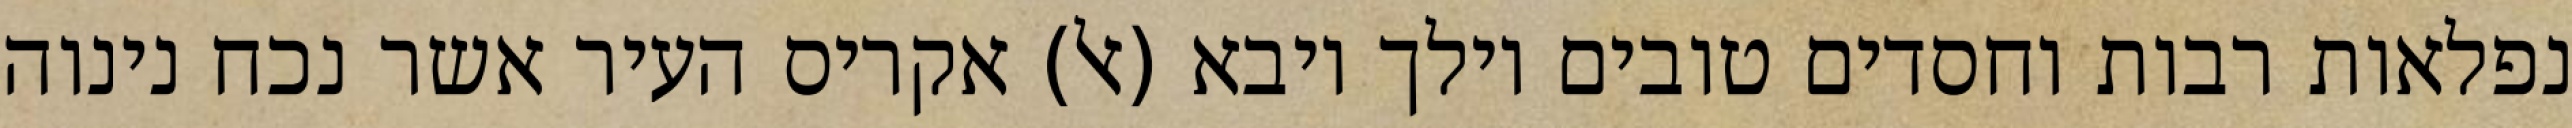
נפלאות רבות וחסדים טובים וילך ויבא (אל) אקריס העיר אשר נכח נינוה